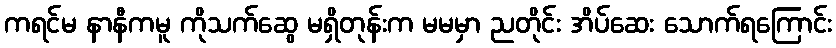
ကရင်မ နာနီကမူ ကိုသက်ဆွေ မရှိတုန်းက မမမှာ ညတိုင်း အိပ်ဆေး သောက်ရကြောင်း